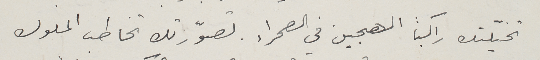
تخيلّتك راكباً الهجين في الصحراء. تصوّرتك تخاطب الملوك